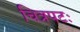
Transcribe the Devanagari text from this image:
चित्रपटः